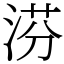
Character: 𣶼